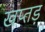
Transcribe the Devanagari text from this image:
खप्तड़